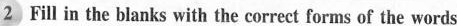
2 Fill in the blanks with the correct forms of the words